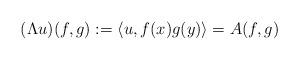
LaTeX: \begin{align*}(\Lambda u)(f, g):=\langle u, f(x)g(y)\rangle=A(f,g)\end{align*}